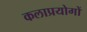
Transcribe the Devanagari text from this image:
कलाप्रयोगों